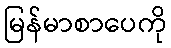
မြန်မာစာပေကို